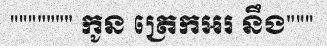
""""""" កូន ត្រេកអរ នឹង"""